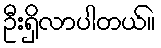
ဦးရှိလာပါတယ်။